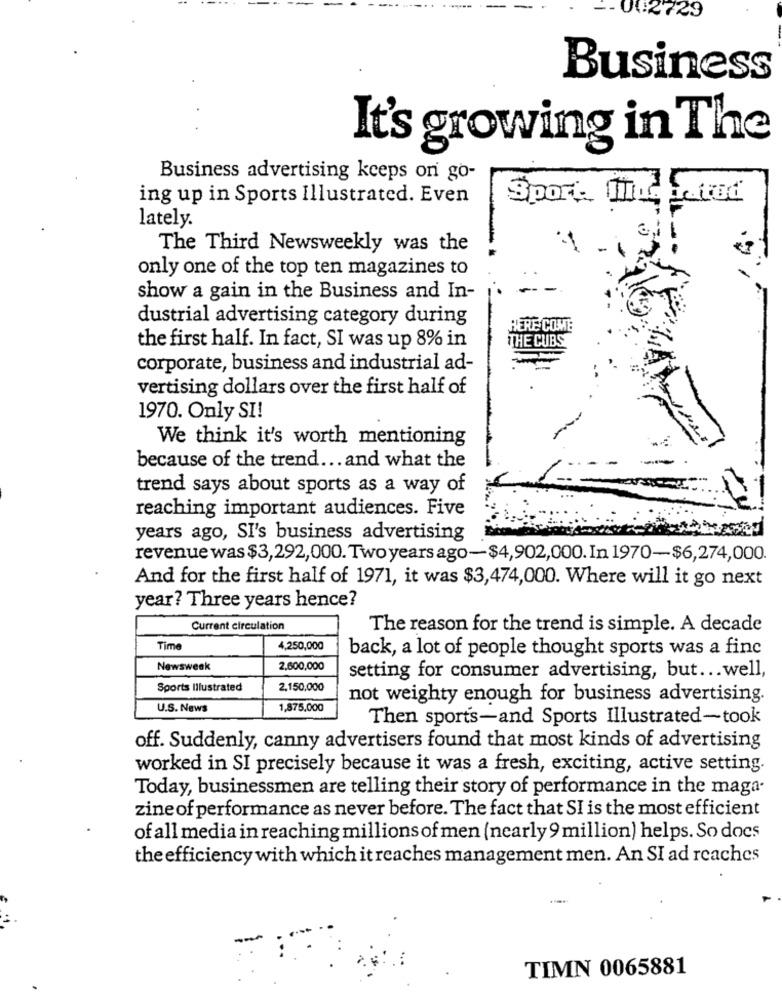
12729
Business
It's growing in The
Business advertising keeps on go-
ing up in Sports Illustrated. Even
Sport Thefood
lately.
The Third Newsweekly was the
only one of the top ten magazines to
show a gain in the Business and In-
dustrial advertising category during
HERE COME
THE CUBS
the first half. In fact, SI was up 8% in
corporate, business and industrial ad-
vertising dollars over the first half of
1970. Only SI!
We think it's worth mentioning
because of the trend ... and what the
trend says about sports as a way of
reaching important audiences. Five
years ago, SI's business advertising
revenue was $3,292,000. Two years ago-$4,902,000. In 1970-$6,274,000.
And for the first half of 1971, it was $3,474,000. Where will it go next
year? Three years hence?
Current circulation
The reason for the trend is simple. A decade
Time
4,250,000
back, a lot of people thought sports was a fine
Newsweek
2,600,000
setting for consumer advertising, but ... well,
Sports Illustrated
2,150,000
not weighty enough for business advertising.
U.S. News
1,875.000
Then sports-and Sports Illustrated-took
off. Suddenly, canny advertisers found that most kinds of advertising
worked in SI precisely because it was a fresh, exciting, active setting.
Today, businessmen are telling their story of performance in the maga-
zine of performance as never before. The fact that SI is the most efficient
of all media in reaching millions of men (nearly 9 million) helps. So does
the efficiency with which it reaches management men. An SI ad reaches
TIMN 0065881